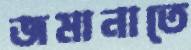
জমানাতে